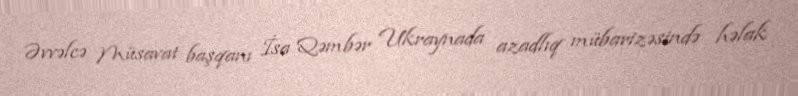
Əvvəlcə Müsavat başqanı İsa Qəmbər Ukraynada azadlıq mübarizəsində həlak